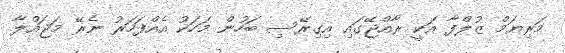
މަރިޔަމް ޒުލްފާ އަކީ ރާއްޖޭގައި އިގިރޭސި ބަހުން މަހަކު އެއްފަހަރު ނެރޭ މަޖައްލާ